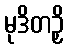
မုဒိတဉှိ